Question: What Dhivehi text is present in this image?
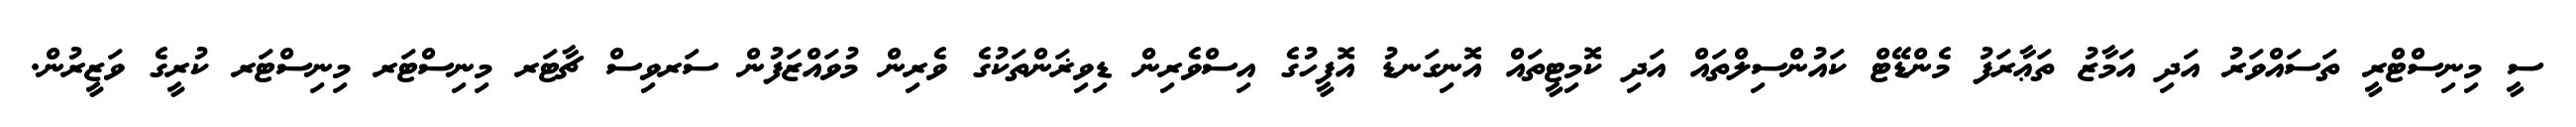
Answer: ސީ މިނިސްޓްރީ ތަސައްވަރު އަދި އަމާޒު ތަޢާރަފު މެންޑޭޓް ކައުންސިލްތައް އަދި ކޮމިޓީތައް އޮނިގަނޑު އޮފީހުގެ އިސްވެރިން ޑިވިޜަންތަކުގެ ވެރިން މުވައްޒަފުން ސަރވިސް ޗާޓަރ މިނިސްޓަރ މިނިސްޓަރ ކުރީގެ ވަޒީރުން.